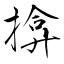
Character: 揜